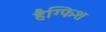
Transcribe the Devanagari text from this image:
हैग्फिश